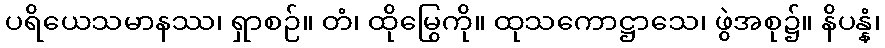
ပရိယေသမာနဿ၊ ရှာစဉ်။ တံ၊ ထိုမြွေကို။ ထုသကောဋ္ဌာသေ၊ ဖွဲအစု၌။ နိပန္နံ၊